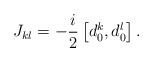
LaTeX: \begin{align*}J_{kl} = -\frac{i}{2} \left[ d_0 ^k ,d_0 ^l\right] .\end{align*}